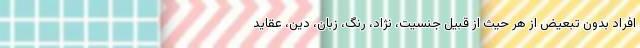
افراد بدون تبعیض از هر حیث از قبیل جنسیت، نژاد، رنگ، زبان، دین، عقاید